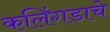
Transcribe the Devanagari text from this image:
कलिंगडाचे